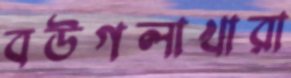
বউগলাখারা